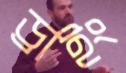
ড্রাইং